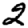
Digit: 2